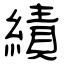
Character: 績